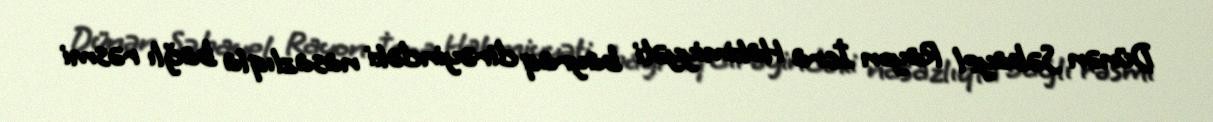
Dünən Səbayel Rayon İcra Hakimiyyəti bayraq dirəyindəki nasazlıqla bağlı rəsmi